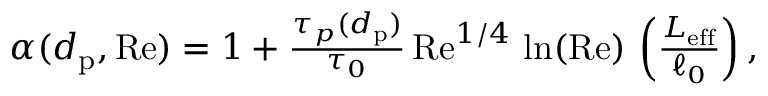
\begin{array} { r } { \alpha ( d _ { \mathrm { p } } , \mathrm { R e } ) = 1 + { \frac { \tau _ { p } ( d _ { \mathrm { p } } ) } { \tau _ { 0 } } } \, \mathrm { R e } ^ { 1 / 4 } \, \ln ( \mathrm { R e } ) \, \left( { \frac { L _ { \mathrm { e f f } } } { \ell _ { 0 } } } \right) , } \end{array}